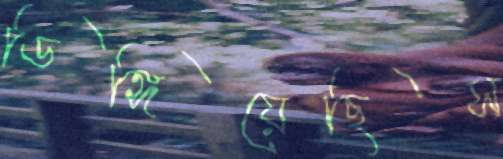
ডিঙ্গিয়েছিস